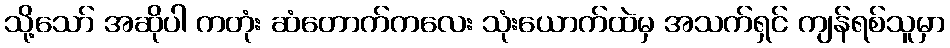
သို့သော် အဆိုပါ ကတုံး ဆံတောက်ကလေး သုံးယောက်ထဲမှ အသက်ရှင် ကျန်ရစ်သူမှာ